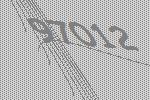
97012